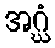
အဂ္ဃံ